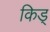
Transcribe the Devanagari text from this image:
किड्